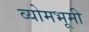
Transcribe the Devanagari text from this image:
व्योमभूमी